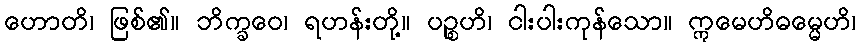
ဟောတိ၊ ဖြစ်၏။ ဘိက္ခဝေ၊ ရဟန်းတို့။ ပဉ္စဟိ၊ ငါးပါးကုန်သော။ ဣမေဟိဓမ္မေဟိ၊